Problem: 20 + 34 = ?
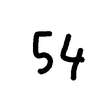
Handwritten answer: 54